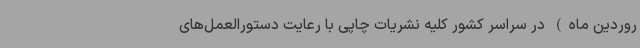
روردین ماه) در سراسر کشور کلیه نشریات چاپی با رعایت دستورالعمل‌های